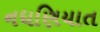
નધણિયાત